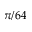
\pi / 6 4